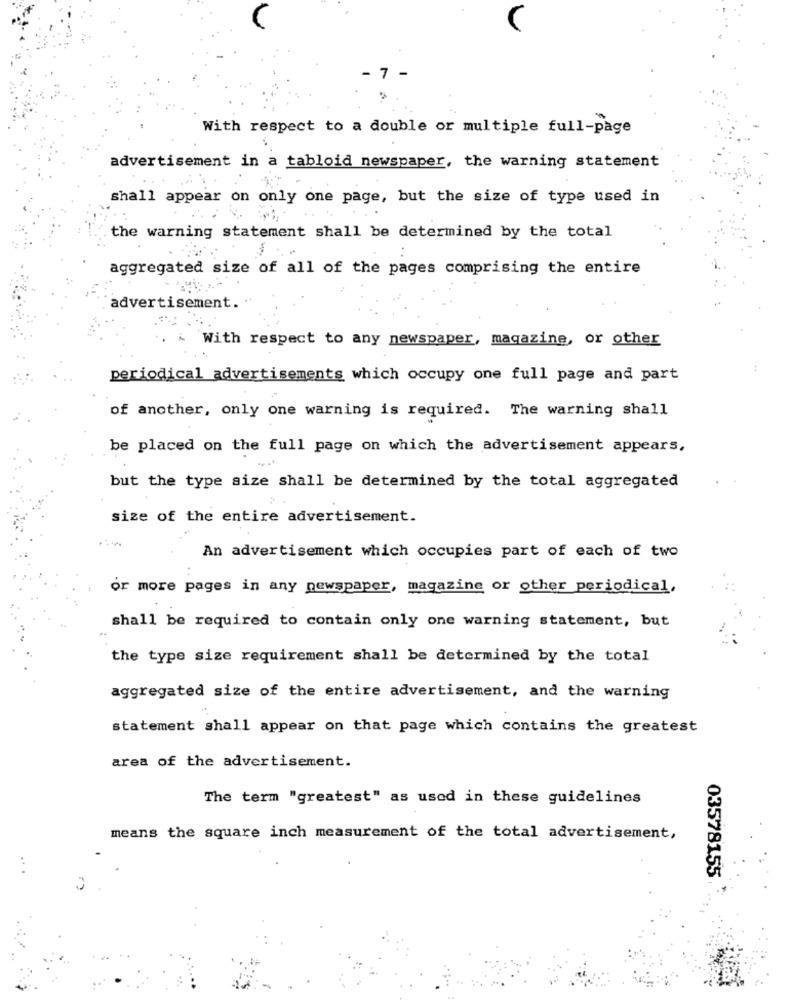
- 7 -
With respect to a double or multiple full-page
advertisement in a tabloid newspaper, the warning statement
shall appear on only one page, but the size of type used in
the warning statement shall be determined by the total
aggregated size of all of the pages comprising the entire
advertisement.
With respect to any newspaper, magazine, or other
periodical advertisements which occupy one full page and part
of another, only one warning is required. The warning shall
be placed on the full page on which the advertisement appears,
but the type size shall be determined by the total aggregated
size of the entire advertisement.
An advertisement which occupies part of each of two
or more pages in any newspaper, magazine or other periodical,
shall be required to contain only one warning statement, but
the type size requirement shall be determined by the total
aggregated size of the entire advertisement, and the warning
statement shall appear on that page which contains the greatest
area of the advertisement.
The term "greatest" as used in these guidelines
means the square inch measurement of the total advertisement,
...
03578155